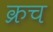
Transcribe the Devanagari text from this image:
क्रच